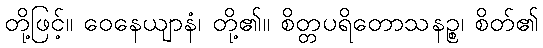
တို့ဖြင့်။ ဝေနေယျာနံ၊ တို့၏။ စိတ္တပရိတောသနဉ္စ၊ စိတ်၏